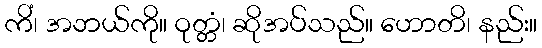
ကိံ၊ အဘယ်ကို။ ဝုတ္တံ၊ ဆိုအပ်သည်။ ဟောတိ၊ နည်း။